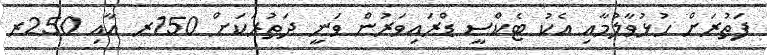
ފަތުރަށް ހުޅުވާލުމާއި އެކު ޓެކްސީ ޑްރައިވަރުން ވަނީ ދަތުރަކަށް 150ރ އާއި 250ރ